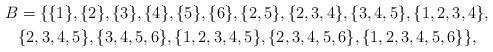
LaTeX: \begin{align*}B&=\{\{1\}, \{2\}, \{3\}, \{4\}, \{5\}, \{6\}, \{2, 5\}, \{2, 3, 4\}, \{3, 4, 5\}, \{1, 2, 3, 4\},\\&\{2, 3, 4, 5\}, \{3, 4, 5, 6\}, \{1, 2, 3 ,4, 5\}, \{2, 3, 4, 5, 6\}, \{1, 2, 3, 4, 5, 6\}\},\end{align*}